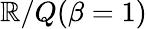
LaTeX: \mathbb{R}/Q(\beta=1)